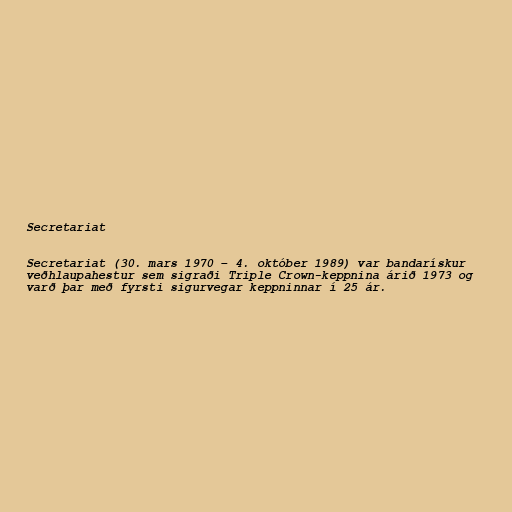
Secretariat

Secretariat (30. mars 1970 – 4. október 1989) var bandarískur
veðhlaupahestur sem sigraði Triple Crown-keppnina árið 1973 og
varð þar með fyrsti sigurvegar keppninnar í 25 ár.